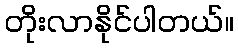
တိုးလာနိုင်ပါတယ်။